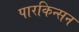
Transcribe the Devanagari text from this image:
पारकिन्सन